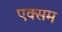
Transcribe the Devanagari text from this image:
एक्सम